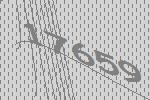
17659